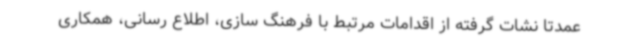
عمدتا نشات گرفته از اقدامات مرتبط با فرهنگ سازی، اطلاع رسانی، همکاری